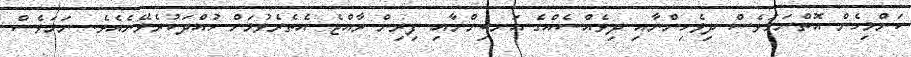
ކަންމިހެން އޮތްނަމަވެސް ދިވެހިންނާއި ދިވެއްސެއްގެ އަނބިންނާއި ފިރިން ރާއްޖެ އެތެރެވުމަށް ހުއްދަކުރެވޭނެއެވެ. ނަމަވެސް